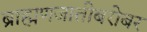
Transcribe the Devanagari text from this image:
ब्राह्मणजातीबरोबर